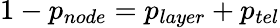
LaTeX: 1-p_{node}=p_{layer}+p_{tel}